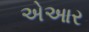
એઆર